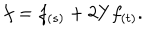
LaTeX: f = f _ { ( s ) } + 2 Y f _ { ( t ) } .